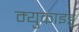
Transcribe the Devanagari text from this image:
म्युकाइड